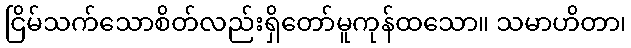
ငြိမ်သက်သောစိတ်လည်းရှိတော်မူကုန်ထသော။ သမာဟိတာ၊